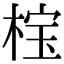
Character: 𬃏